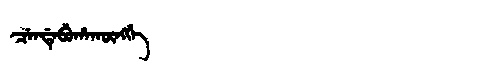
Manchu: ᠴᡝᠨᡩᡝᠪᡠᡥᠠᡴᡡᠩᡤᡝ
Romanization: CENDEBUHAKŪNGGE